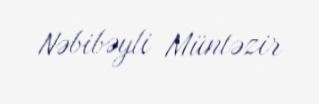
Nəbibəyli Müntəzir